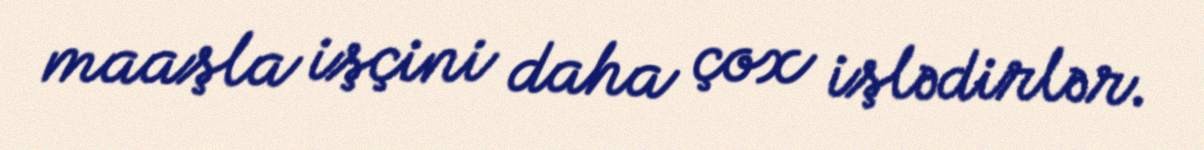
maaşla işçini daha çox işlədirlər.